Document type: Sale
Year: 1440
Scribe: Pere Pau Pujades
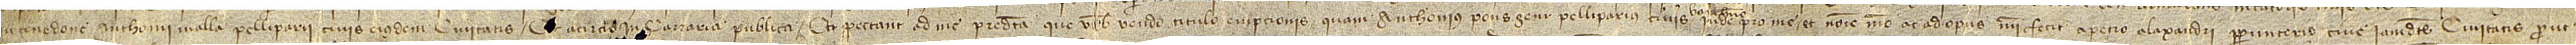
in tenedone Anthonii Malla, pelliparii, civis eiusdem civitatis; [et] a circio in carraria publica. Et spectant a me predicta que vobis vendo titulo empcionis quam Anthonius Ponsgem, pelliparius, civis Barchinone,  inde pro me et nomine meo ac ad opus mei fecit a Petro Alaxandri, perpunterio, cive iamdicte civitatis, prout